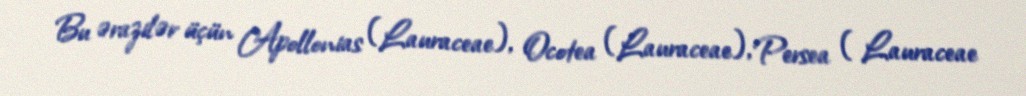
Bu ərazilər üçün Apollonias (Lauraceae), Ocotea (Lauraceae), Persea ( Lauraceae